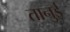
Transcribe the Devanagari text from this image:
तानुई